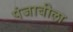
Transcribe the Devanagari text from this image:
पंजाबीला